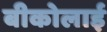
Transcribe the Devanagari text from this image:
बीकोलाई